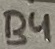
Text: B4